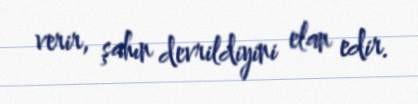
verir, şahın devrildiyini elan edir.